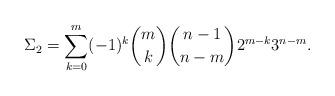
LaTeX: \begin{align*}\Sigma_2= \sum_{k=0}^m (-1)^k {m \choose k} {n-1 \choose n-m} 2^{m-k}3^{n-m}. \end{align*}